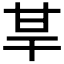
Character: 𤯀